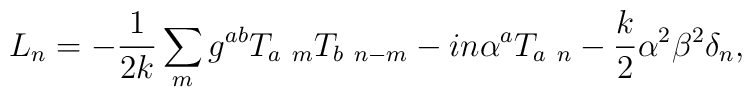
L_n = -{1\over 2k}\sum_m g^{ab} T_{a\ m} T_{b\ n-m} - i n  \alpha^a  T_{a\ n} - {k\over 2}\alpha^2 \beta^2 \delta_n,